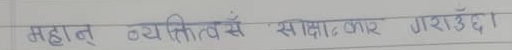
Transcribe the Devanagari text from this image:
महान् व्यक्तित्वसँग साक्षात्कार गराउँदा ।